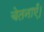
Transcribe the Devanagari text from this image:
चेतनाएँ।